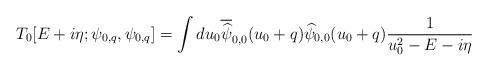
LaTeX: \begin{align*} & T_0[ E + i \eta; \psi_{0,q},\psi_{0,q} ] = \int du_0 \overline{\widehat{ \psi}}_{0,0}(u_0+q) \widehat{\psi}_{0,0}( u_0 + q ) \frac{1 }{ u_0^2 - E - i \eta} \end{align*}